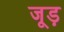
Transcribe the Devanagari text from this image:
जूड़